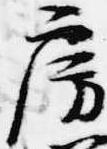
房